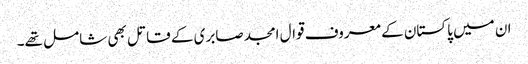
ان میں پاکستان کے معروف قوال امجد صابری کے قاتل بھی شامل تھے۔